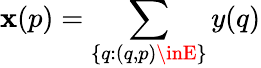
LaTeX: \mathbf{x}(p)=\sum_{\{ q:(q,p)\inE\} }y(q)